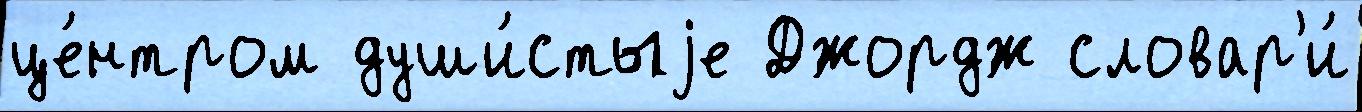
це́нтром души́стыjе Джордж словар'и́